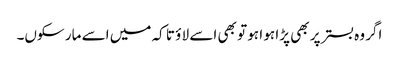
اگر وہ بستر پر بھی پڑا ہو ا ہو تو بھی اسے لا ؤ تا کہ میں اسے مار سکوں۔